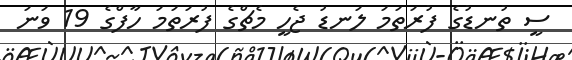
ސީ ތުނޑުގެ ފުރަތަމަ ލަނޑު ޖެހީ މެޗްގެ ފުރަތަމަ ހާފްގެ 19 ވަނަ